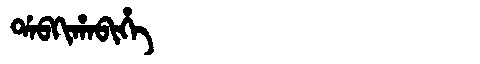
Manchu: ᡩᠠᠪᡴᡳᡥᠠᠪᡳᡥᡝ
Romanization: DABKIHABIHE